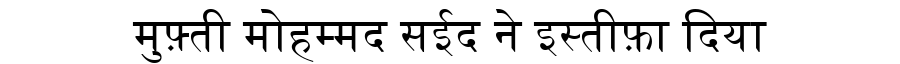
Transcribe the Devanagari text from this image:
मुफ़्ती मोहम्मद सईद ने इस्तीफ़ा दिया